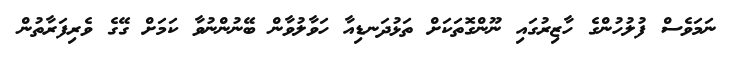
ނަމަވެސް ފުލުހުންގެ ހާޒިރުގައި ނޫންގޮތަކަށް ތަޅުދަނޑިއާ ހަވާލުވާން ބޭނުންނުވާ ކަމަށް ގޭގެ ވެރިފަރާތުން